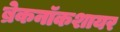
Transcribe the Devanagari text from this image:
ब्रेकनॉकशायर